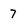
Character: 7